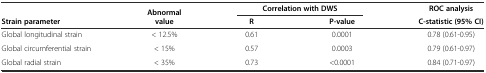
<table><thead><tr><td>[EMPTY_CELL]</td><td rowspan="2"><b>Abnormal value</b></td><td colspan="2"><b>Correlation with DWS</b></td><td><b>ROC analysis</b></td></tr><tr><td><b>Strain parameter</b></td><td><b>R</b></td><td><b>P-value</b></td><td><b>C-statistic (95% CI)</b></td></tr></thead><tbody><tr><td>Global longitudinal strain</td><td>&lt; 12.5%</td><td>0.61</td><td>0.0001</td><td>0.78 (0.61-0.95)</td></tr><tr><td>Global circumferential strain</td><td>&lt; 15%</td><td>0.57</td><td>0.0003</td><td>0.79 (0.61-0.97)</td></tr><tr><td>Global radial strain</td><td>&lt; 35%</td><td>0.73</td><td>&lt;0.0001</td><td>0.84 (0.71-0.97)</td></tr></tbody></table>